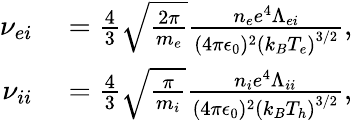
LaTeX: \begin{array}{rl}{\nu_{ei}}&{{}=\frac{4}{3}\sqrt{\frac{2\pi}{m_{e}}}\frac{n_{e}e^{4}\Lambda_{ei}}{(4\pi\epsilon_{0})^{2}\left(k_{B}T_{e}\right)^{3/2}},}\\ {\nu_{ii}}&{{}=\frac{4}{3}\sqrt{\frac{\pi}{m_{i}}}\frac{n_{i}e^{4}\Lambda_{ii}}{(4\pi\epsilon_{0})^{2}\left(k_{B}T_{h}\right)^{3/2}},}\end{array}